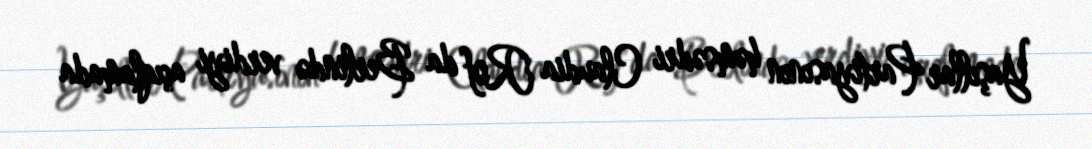
Yaşıllar Partiyasının həmsədri Claudia Rof da Berlində verdiyi açıqlamada